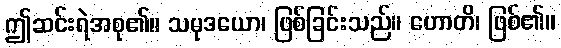
ဤဆင်းရဲအစု၏။ သမုဒယော၊ ဖြစ်ခြင်းသည်။ ဟောတိ၊ ဖြစ်၏။